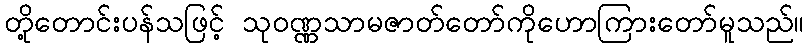
တို့တောင်းပန်သဖြင့် သုဝဏ္ဏသာမဇာတ်တော်ကိုဟောကြားတော်မူသည်။